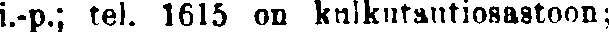
i.-p.; tel. 1615 on kulkutautiosastoon;